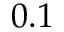
0 . 1